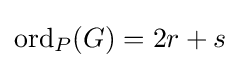
\mathrm {ord} _{P}(G)=2r+s